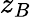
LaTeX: z_{B}